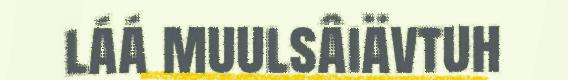
láá muulsâiävtuh